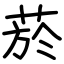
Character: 菸